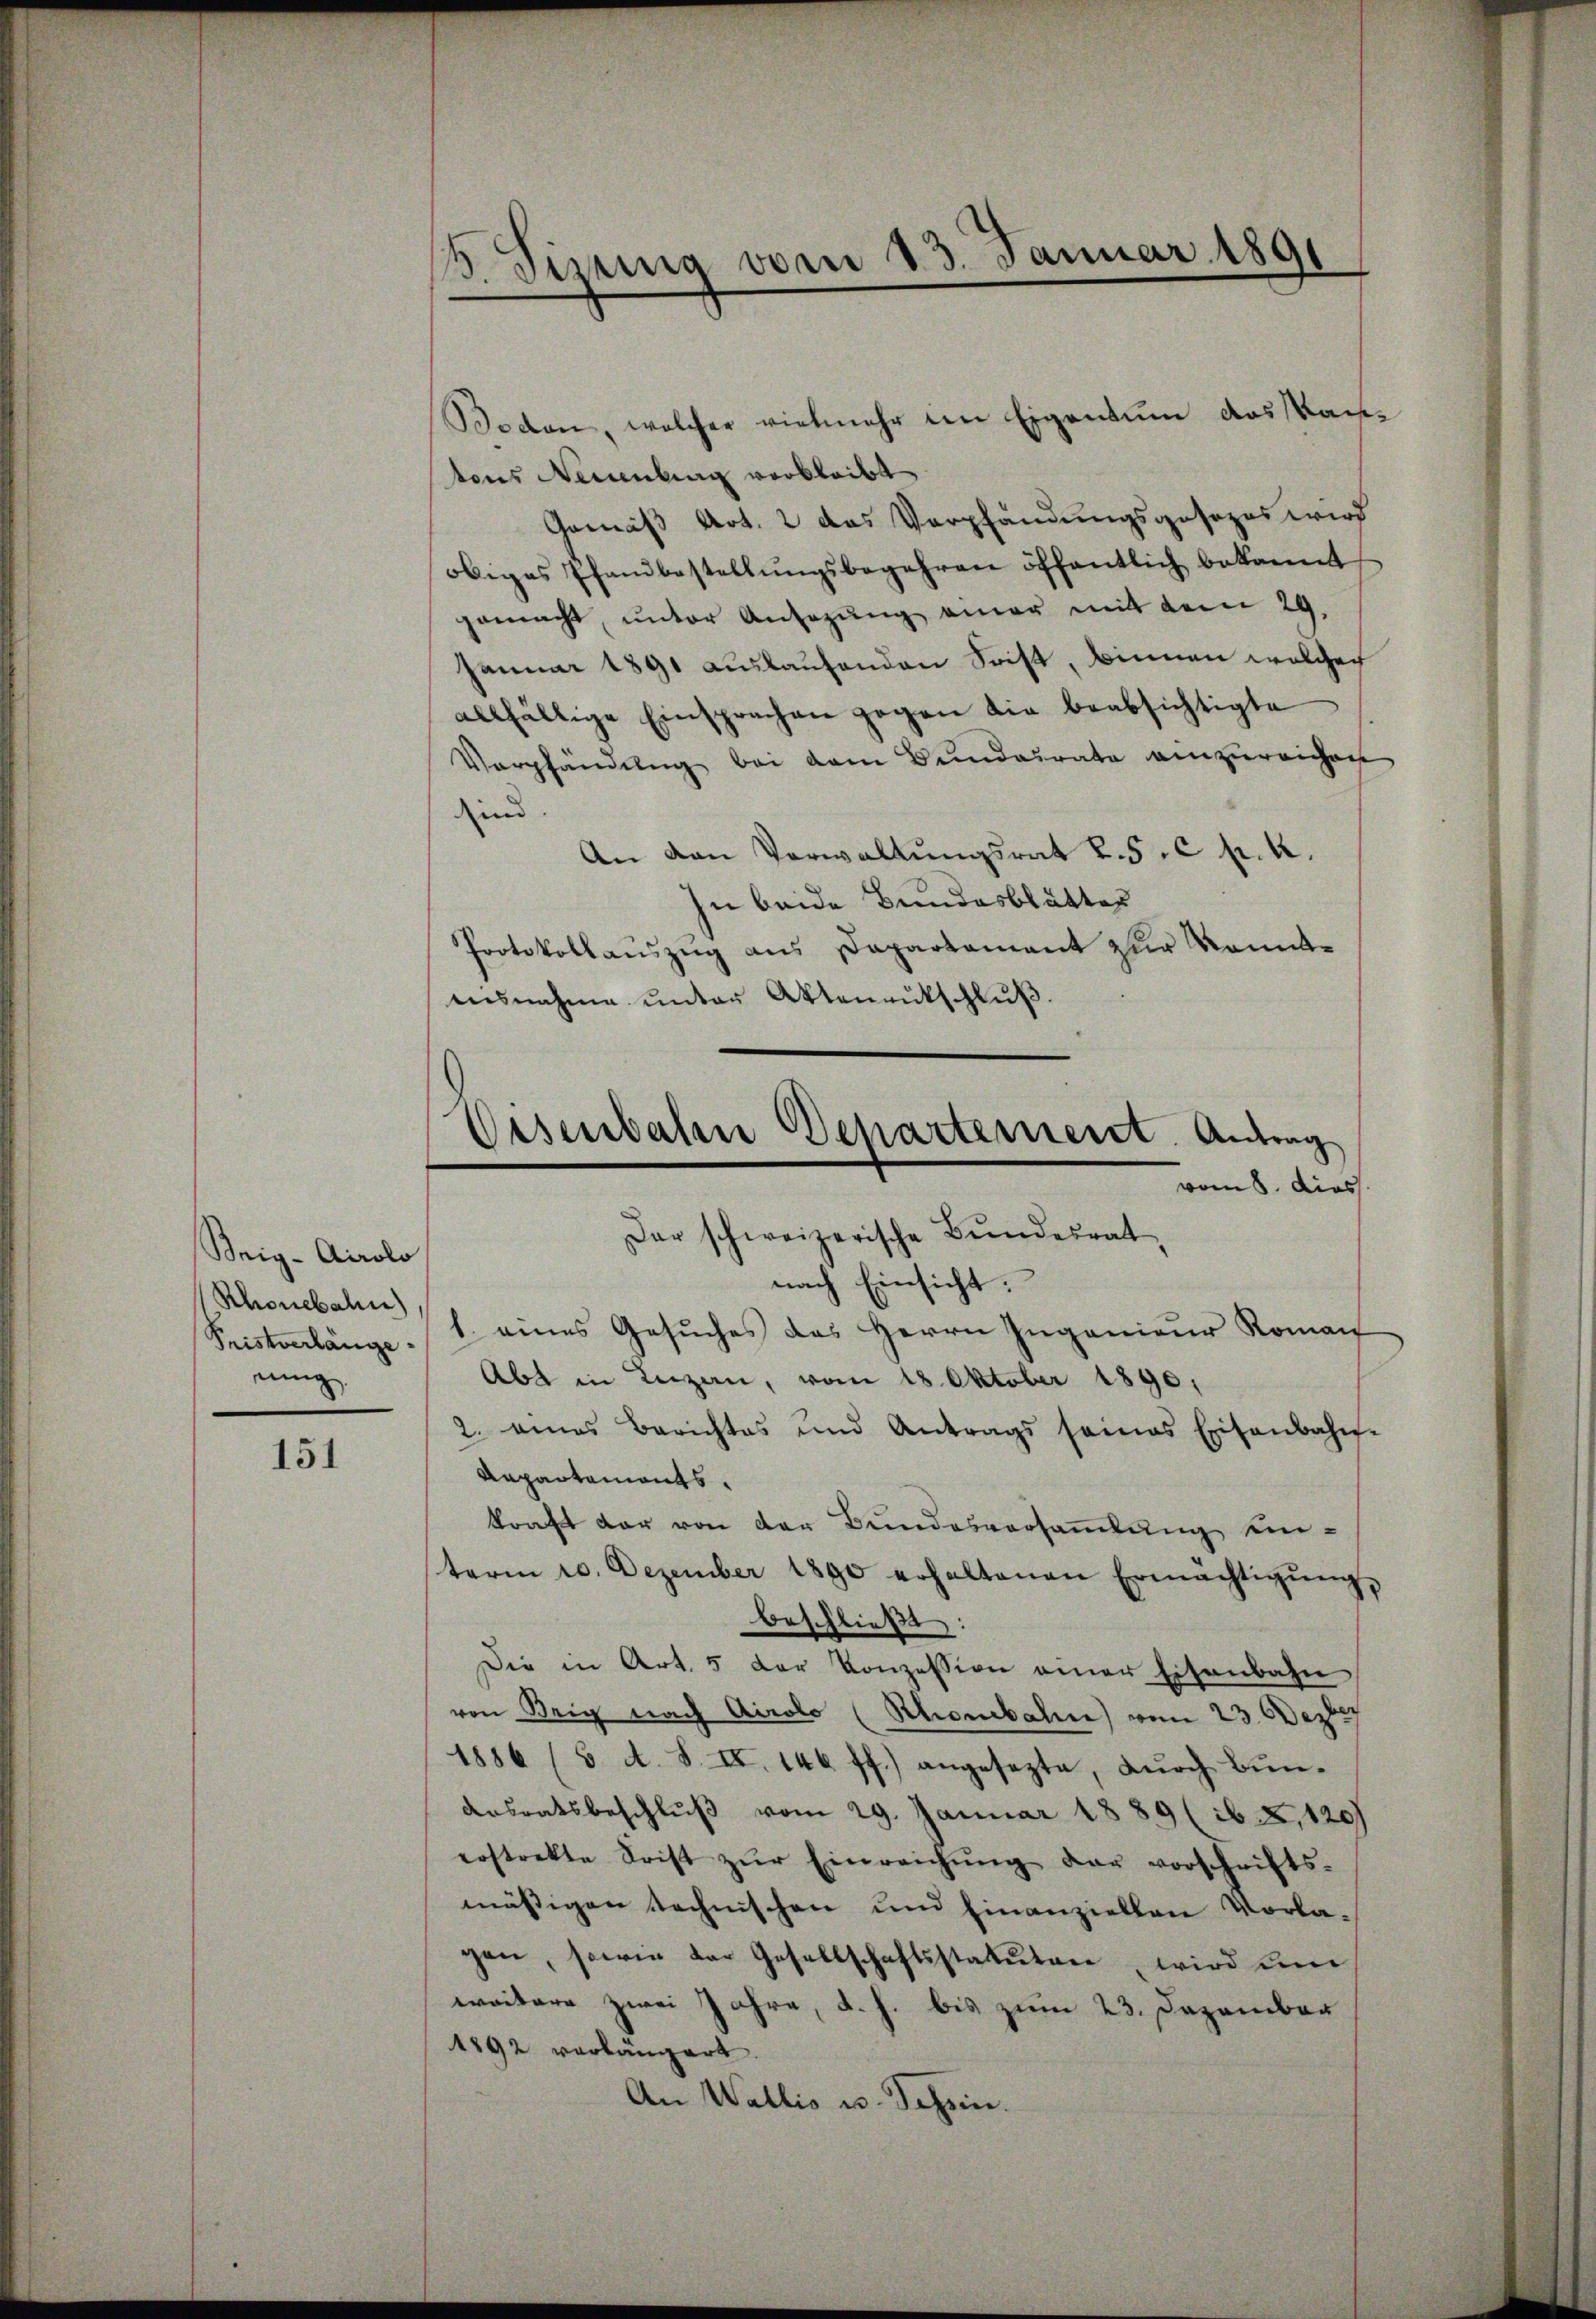
Brig- Airolo
Rhonebahn
Pristverlänge.
nung

151

3. Tizung vom 23. Januar 1891

Boden, welcher vielmehr im Eigentum das Kantons Neuenburg verbleibt
Gemäß Art. 2 das Verpfändungsposezes wird
obiges Pfandbestellŭngsbegehren öffentlich bekannt
gemacht, unter Ansagŭng einer mit dem 29.
Januar 1891 auslaufenden Frist, binnen welcher
allfällige Einsprachen gegen die beabsichtigte
Vorpfändung bei dem Bundeirate einzureichne
ind
An den Verwaltŭngsrat L.5. c pr. K.
In beide Bundesblätter
Protokollauszug aus Dapartement zur kanntausnahme unter Aktenentschluß

Eisenbahn Departement. Antrag
vom 8. dies
Der schweizerische Bŭndesrat,
nach Einsicht:

1. eines Gesuches des Herrn Ingenieur Roman
Abt in Luzan, vom 18. Oktober 1890.
2. eines Berichtes und Antrags seines Eisenbahn-
Anpartaments.
kraft der von der Bundesversammlung unterm 20. Dezember 1890 erhaltenen Ermächtigŭng,
beschließt:
Die in Art. 5 der Konzession einer Eisenbahn
von Brig nach Airolo (Schenbahn vom 23. Dezbr.
1886 (3. A. S. II. 146 ff.) angesezte, dŭrch Bŭn-
Ansratsbeschluß vom 29. Januar 1889 (16 X, 120
erstrekte Frist zŭr Einreichŭng der vorschrifts-
mässigen technischen und hinanziellen Vorlagen, sowie der Gesellschaftsstatuten, wird ein
weitere zwei Jahre, d. h. bis zum 23. Dezember
1892 verlängert.
An Wallis u. Sechsen.